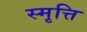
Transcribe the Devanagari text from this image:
स्मृत्ति